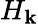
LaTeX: H_{\mathbf{k}}